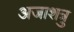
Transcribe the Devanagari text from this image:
अजाशत्रु